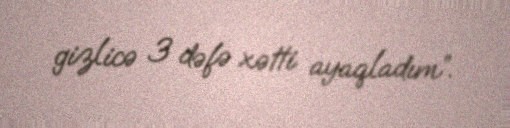
gizlicə 3 dəfə xətti ayaqladım”.